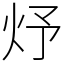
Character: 㶦